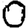
Digit: 0